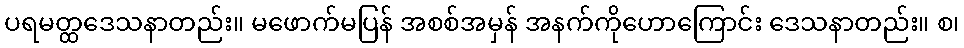
ပရမတ္ထဒေသနာတည်း။ မဖောက်မပြန် အစစ်အမှန် အနက်ကိုဟောကြောင်း ဒေသနာတည်း။ စ၊